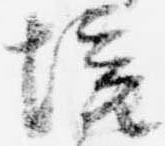
境